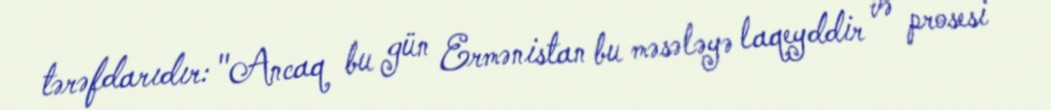
tərəfdarıdır: "Ancaq bu gün Ermənistan bu məsələyə laqeyddir və prosesi